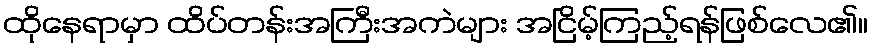
ထိုနေရာမှာ ထိပ်တန်းအကြီးအကဲများ အငြိမ့်ကြည့်ရန်ဖြစ်လေ၏။